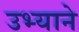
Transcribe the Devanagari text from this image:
उभ्याने